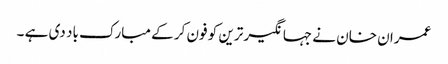
عمران خان نے جہانگیر ترین کو فون کر کے مبارک باد دی ہے ۔